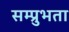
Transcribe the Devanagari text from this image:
सम्प्रुभता